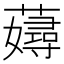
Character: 𧁘